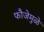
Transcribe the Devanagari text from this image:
फौजेमुळे